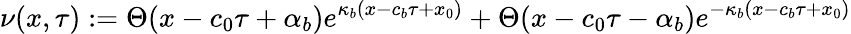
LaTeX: \nu(x,\tau):=\Theta(x-c_{0}\tau+\alpha_{b})e^{\kappa_{b}(x-c_{b}\tau+x_{0})}+\Theta(x-c_{0}\tau-\alpha_{b})e^{-\kappa_{b}(x-c_{b}\tau+x_{0})}